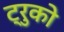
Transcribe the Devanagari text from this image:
ट्रुको